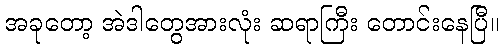
အခုတော့ အဲဒါတွေအားလုံး ဆရာကြီး တောင်းနေပြီ။